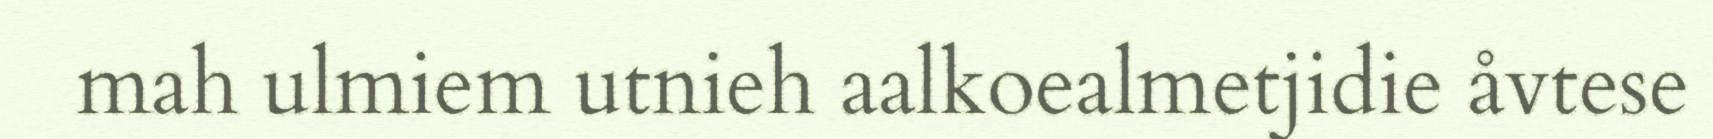
mah ulmiem utnieh aalkoealmetjidie åvtese